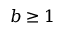
b \geq 1